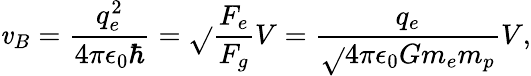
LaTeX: \mathit{v}_{B}=\frac{{q_{e}^{2}}}{{4\pi\epsilon_{0}\hbar}}=\sqrt{}{{\frac{{F_{e}}}{{F_{g}}}}}V=\frac{{q_{e}}}{{\sqrt{}{{4\pi\epsilon_{0}Gm_{e}m_{p}}}}}V,